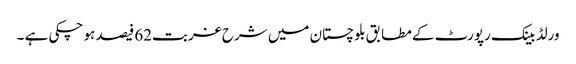
ورلڈ بینک رپورٹ کے مطابق بلوچستان میں شرح غربت62فیصد ہو چکی ہے ۔